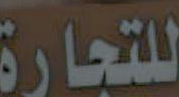
للتجارة